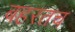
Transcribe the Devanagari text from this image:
बहरतच